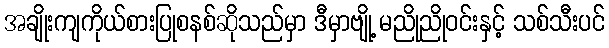
အချိုးကျကိုယ်စားပြုစနစ်ဆိုသည်မှာ ဒီမှာဗျို့ မညိုညိုဝင်းနှင့် သစ်သီးပင်